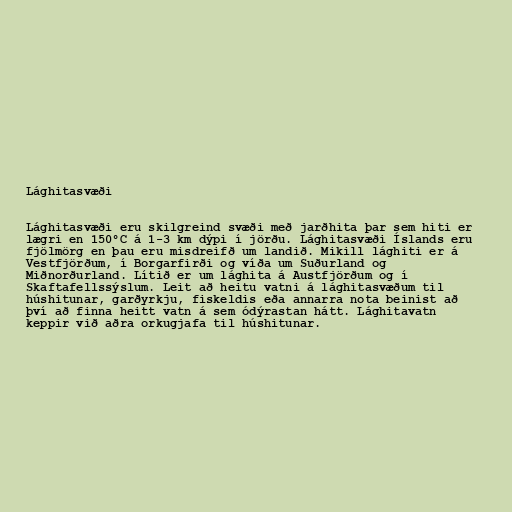
Lághitasvæði

Lághitasvæði eru skilgreind svæði með jarðhita þar sem hiti er
lægri en 150°C á 1-3 km dýpi í jörðu. Lághitasvæði Íslands eru
fjölmörg en þau eru misdreifð um landið. Mikill lághiti er á
Vestfjörðum, í Borgarfirði og víða um Suðurland og
Miðnorðurland. Lítið er um lághita á Austfjörðum og í
Skaftafellssýslum. Leit að heitu vatni á lághitasvæðum til
húshitunar, garðyrkju, fiskeldis eða annarra nota beinist að
því að finna heitt vatn á sem ódýrastan hátt. Lághitavatn
keppir við aðra orkugjafa til húshitunar.